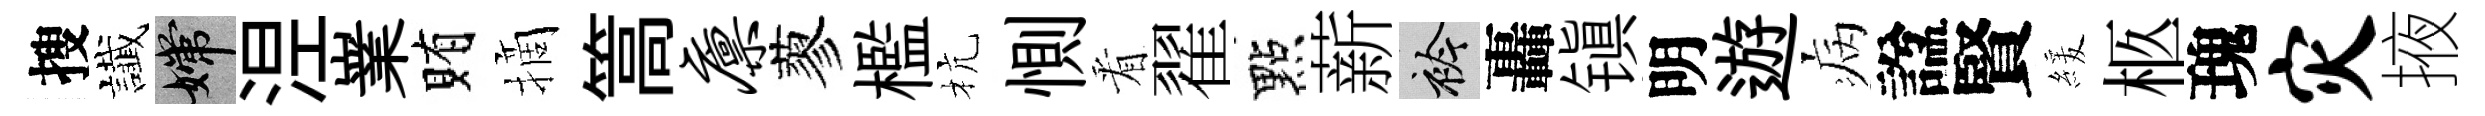
搜䜟嫦𣵀嶪賄摘篙廪蓼檻杭惻㸔翟點薪衿轟镇明遊病諡賢緩柩瑰灾掖